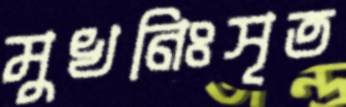
মুখনিঃসৃত